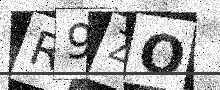
Text: R9ZO